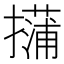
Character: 𱠿